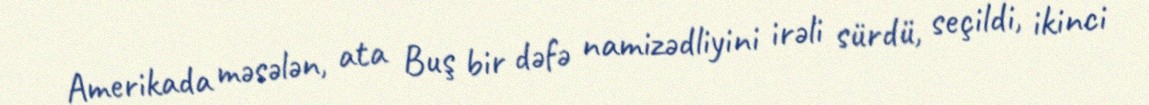
Amerikada məsələn, ata Buş bir dəfə namizədliyini irəli sürdü, seçildi, ikinci